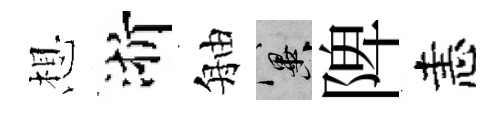
想浙舳冀陴恚